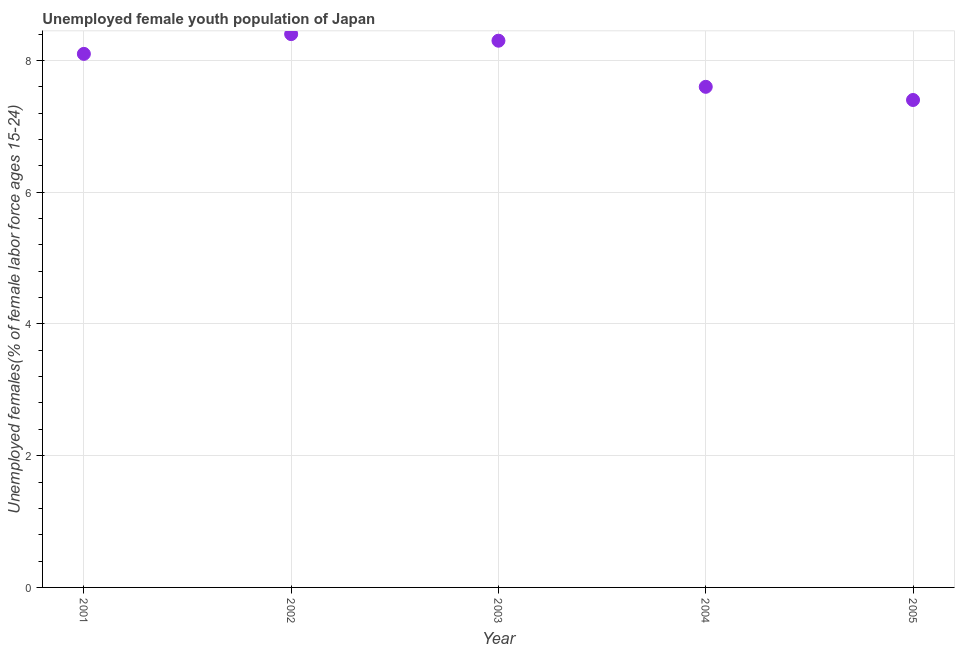
| Year | Unemployment youth female |
 | --- | --- |
 | 2001 | 8.1 |
 | 2002 | 8.4 |
 | 2003 | 8.3 |
 | 2004 | 7.6 |
 | 2005 | 7.4 |